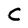
Character: C